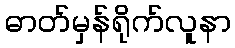
ဓာတ်မှန်ရိုက်လူနာ